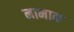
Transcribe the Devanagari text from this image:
नामाक